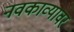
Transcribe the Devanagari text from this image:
नवकाव्यावर